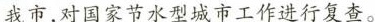
我市，对国家节水型城市工作进行复查。